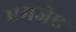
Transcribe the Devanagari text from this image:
एमजेए